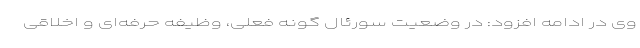
وی در ادامه افزود: در وضعیت سورئال گونه فعلی، وظیفه حرفه‌ای و اخلاقی